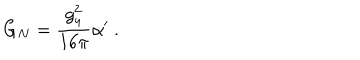
LaTeX: G _ { N } = \frac { g _ { 4 } ^ { 2 } } { 1 6 \pi } \alpha ^ { \prime } \ .